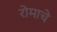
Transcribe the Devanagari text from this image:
रोमाचे